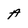
Character: A